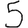
Digit: 5